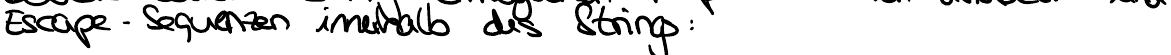
Escape - Sequenzen innerhalb des Strings :